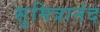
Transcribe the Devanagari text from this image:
सुमित्रानंद